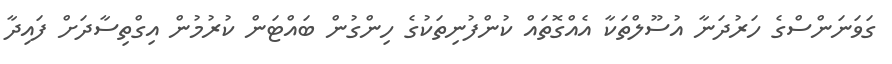
ގަވަނަންސްގެ ހަރުދަނާ އުސޫލްތަކާ އެއްގޮތައް ކުންފުނިތަކުގެ ހިންގުން ބައްޓަން ކުރުމުން އިގްތިސާދަށް ފައިދާ